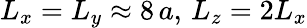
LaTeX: L_{x}=L_{y}\approx 8\, a,\, L_{z}=2L_{x}